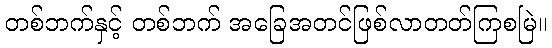
တစ်ဘက်နှင့် တစ်ဘက် အခြေအတင်ဖြစ်လာတတ်ကြစမြဲ။